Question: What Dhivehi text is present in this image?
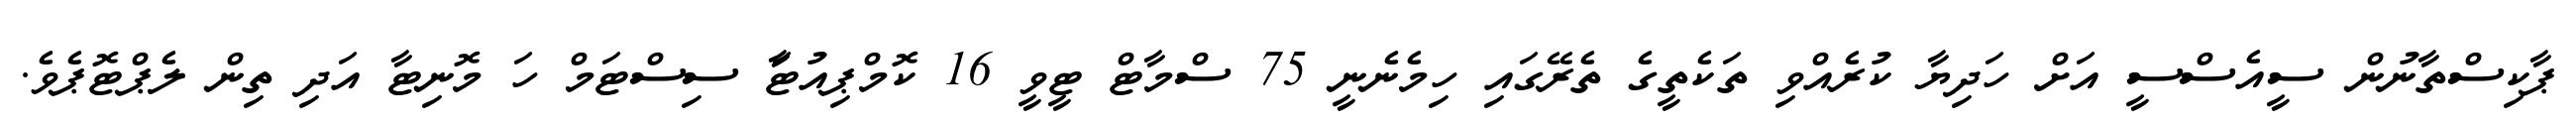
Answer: ޕާކިސްތާނުން ސީއެސްސީ އަށް ހަދިޔާ ކުރެއްވި ތަކެތީގެ ތެރޭގައި ހިމެނެނީ 75 ސްމާޓް ޓީވީ 16 ކޮމްޕިއުޓަާ ސިސްޓަމް ހަ މޮނިޓާ އަދި ތިން ލެޕްޓޮޕެވެ.